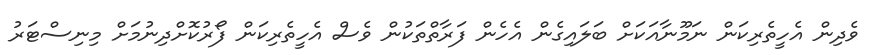
ވެދިން އެހީތެރިކަން ނަމޫނާއަކަށް ބަލައިގެން އެހެން ފަރާތްތަކުން ވެސް އެހީތެރިކަން ފޯރުކޮށްދިނުމަށް މިނިސްޓަރު